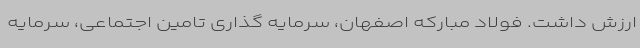
ارزش داشت. فولاد مبارکه اصفهان، سرمایه گذاری تامین اجتماعی، سرمایه